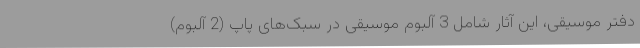
دفتر موسیقی، این آثار شامل 3 آلبوم موسیقی در سبک‌های پاپ (2 آلبوم)